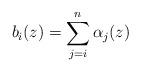
LaTeX: \begin{align*}b_{i}(z)=\sum_{j=i}^{n}\alpha_{j}(z)\end{align*}